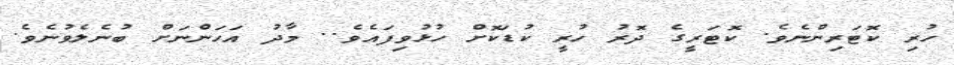
ހުރި ކޮޓަރިންނެވެ. ކޮޓަރީގެ ދޮރު ހުރީ ކުޑަކޮށް ހުޅުވިފައެވެ.. މާދު އަހަންނަށް ބުނެލެވުނެވެ.